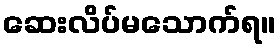
ဆေးလိပ်မသောက်ရ။